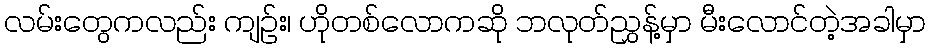
လမ်းတွေကလည်း ကျဉ်း၊ ဟိုတစ်လောကဆို ဘလုတ်ညွှန့်မှာ မီးလောင်တဲ့အခါမှာ